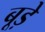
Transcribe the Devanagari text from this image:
बूड़े